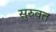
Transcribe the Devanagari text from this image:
सुरुवत